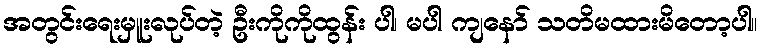
အတွင်းရေးမှူးလုပ်တဲ့ ဦးကိုကိုထွန်း ပါ၊ မပါ ကျနော် သတိမထားမိတော့ပါ။